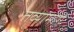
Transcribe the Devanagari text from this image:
तव्यामागे